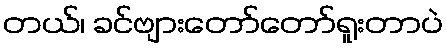
တယ်၊ ခင်ဗျားတော်တော်ရူးတာပဲ